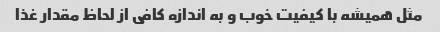
مثل همیشه با کیفیت خوب و به اندازه کافی از لحاظ مقدار غذا